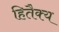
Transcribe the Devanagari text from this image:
हितैक्य